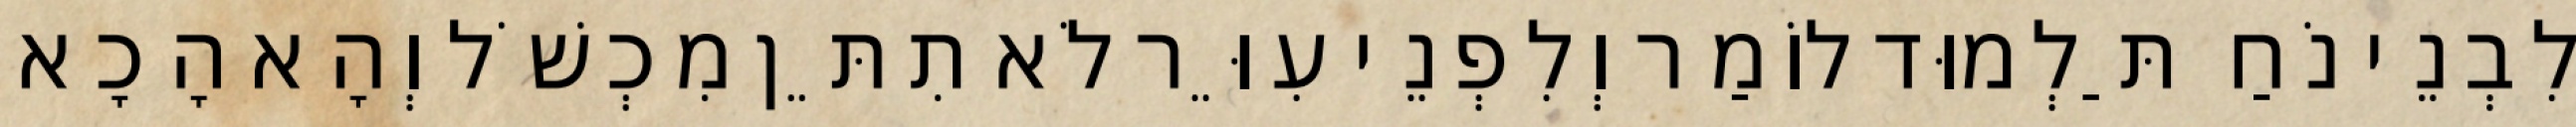
לִבְנֵי נֹחַ תַּלְמוּד לוֹמַר וְלִפְנֵי עִוֵּר לֹא תִתֵּן מִכְשֹׁל וְהָא הָכָא